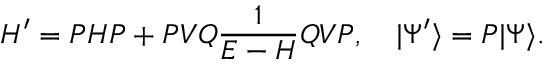
H ^ { \prime } = { \cal P } H { \cal P } + { \cal P } V { \cal Q } \frac { 1 } { E - H } { \cal Q } V { \cal P } , \quad | \Psi ^ { \prime } \rangle = { \cal P } | \Psi \rangle .